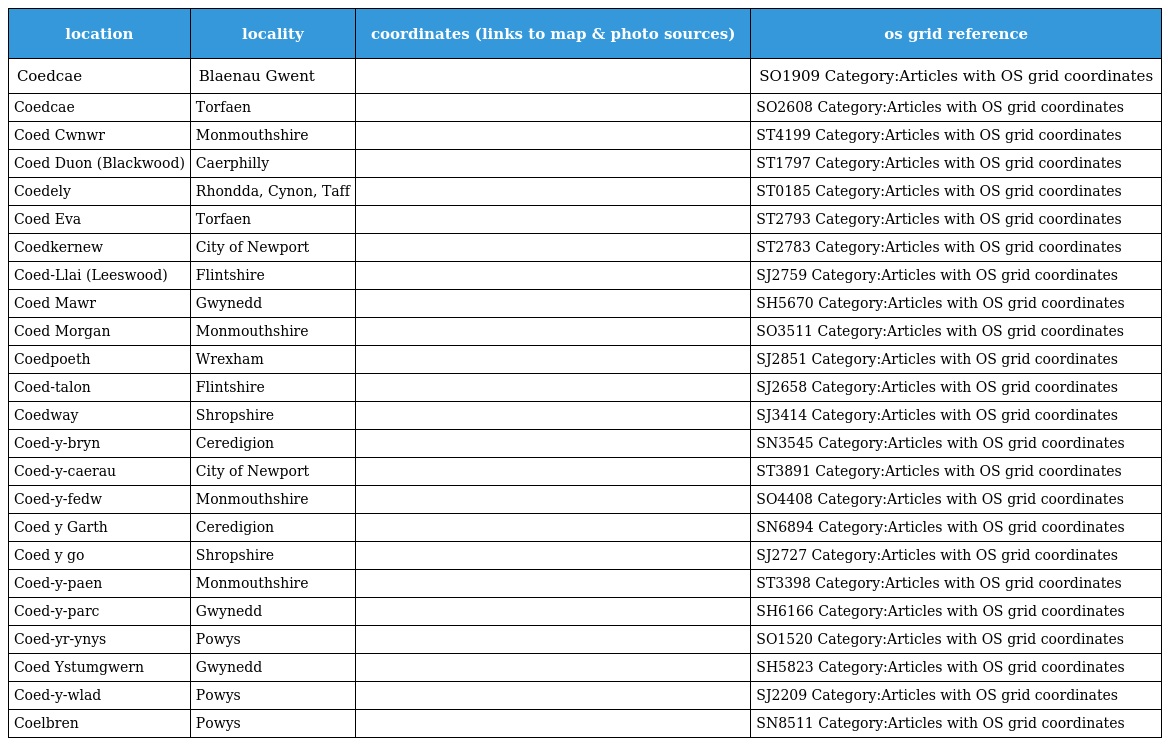
| location | locality | coordinates (links to map & photo sources) | os grid reference |
 | --- | --- | --- | --- |
 | Coedcae | Blaenau Gwent |  | SO1909 Category:Articles with OS grid coordinates |
 | Coedcae | Torfaen |  | SO2608 Category:Articles with OS grid coordinates |
 | Coed Cwnwr | Monmouthshire |  | ST4199 Category:Articles with OS grid coordinates |
 | Coed Duon (Blackwood) | Caerphilly |  | ST1797 Category:Articles with OS grid coordinates |
 | Coedely | Rhondda, Cynon, Taff |  | ST0185 Category:Articles with OS grid coordinates |
 | Coed Eva | Torfaen |  | ST2793 Category:Articles with OS grid coordinates |
 | Coedkernew | City of Newport |  | ST2783 Category:Articles with OS grid coordinates |
 | Coed-Llai (Leeswood) | Flintshire |  | SJ2759 Category:Articles with OS grid coordinates |
 | Coed Mawr | Gwynedd |  | SH5670 Category:Articles with OS grid coordinates |
 | Coed Morgan | Monmouthshire |  | SO3511 Category:Articles with OS grid coordinates |
 | Coedpoeth | Wrexham |  | SJ2851 Category:Articles with OS grid coordinates |
 | Coed-talon | Flintshire |  | SJ2658 Category:Articles with OS grid coordinates |
 | Coedway | Shropshire |  | SJ3414 Category:Articles with OS grid coordinates |
 | Coed-y-bryn | Ceredigion |  | SN3545 Category:Articles with OS grid coordinates |
 | Coed-y-caerau | City of Newport |  | ST3891 Category:Articles with OS grid coordinates |
 | Coed-y-fedw | Monmouthshire |  | SO4408 Category:Articles with OS grid coordinates |
 | Coed y Garth | Ceredigion |  | SN6894 Category:Articles with OS grid coordinates |
 | Coed y go | Shropshire |  | SJ2727 Category:Articles with OS grid coordinates |
 | Coed-y-paen | Monmouthshire |  | ST3398 Category:Articles with OS grid coordinates |
 | Coed-y-parc | Gwynedd |  | SH6166 Category:Articles with OS grid coordinates |
 | Coed-yr-ynys | Powys |  | SO1520 Category:Articles with OS grid coordinates |
 | Coed Ystumgwern | Gwynedd |  | SH5823 Category:Articles with OS grid coordinates |
 | Coed-y-wlad | Powys |  | SJ2209 Category:Articles with OS grid coordinates |
 | Coelbren | Powys |  | SN8511 Category:Articles with OS grid coordinates |